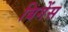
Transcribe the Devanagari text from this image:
बिगेंस